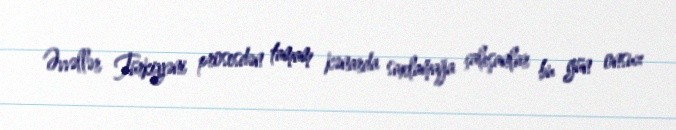
Əvvəllər Türkiyəni prosesdən tamam kənarda saxlamağa çalışanlar bu gün onsuz